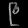
Digit: ၉